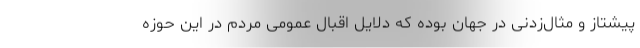
پیشتاز و مثال‌زدنی در جهان بوده که دلایل اقبال عمومی مردم در این حوزه